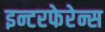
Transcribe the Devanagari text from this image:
इन्टरफेरेन्स